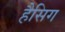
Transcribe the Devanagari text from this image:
हैसिग